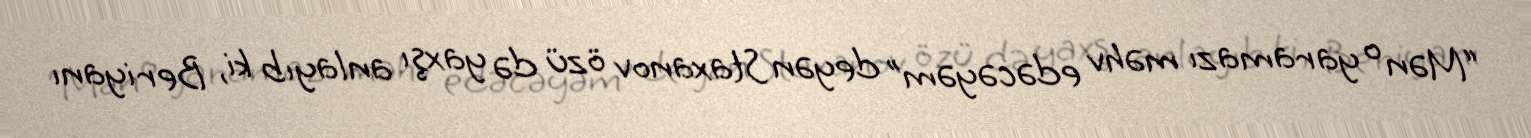
“Mən o yaramazı məhv edəcəyəm” deyən Staxanov özü də yaxşı anlayıb ki, Beriyanı